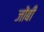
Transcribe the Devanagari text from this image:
जोंबी